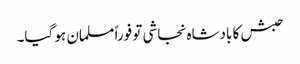
حبش کا بادشاہ نجاشی تو فوراً مسلمان ہو گیا۔